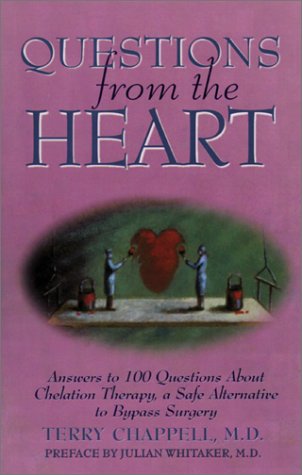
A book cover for Questions from the Heart: Answers to 100 Questions About Chelation Therapy, a Safe Alternative to Bypass Surgery; Terry Chappell; Health, Fitness & Dieting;